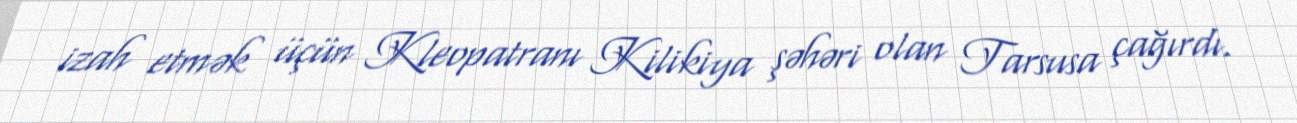
izah etmək üçün Kleopatranı Kilikiya şəhəri olan Tarsusa çağırdı.